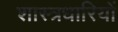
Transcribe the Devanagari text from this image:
शास्त्रधारियों